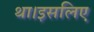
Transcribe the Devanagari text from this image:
था।इसलिए